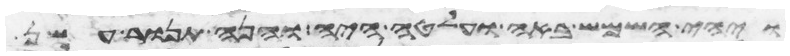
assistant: ויהי השמש באה ועלטה היה והנה תנור עשן